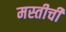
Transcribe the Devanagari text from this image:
मस्तीची